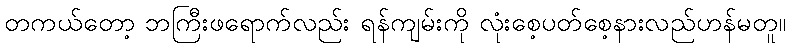
တကယ်တော့ ဘကြီးဖရောက်လည်း ရန်ကျမ်းကို လုံးစေ့ပတ်စေ့နားလည်ဟန်မတူ။